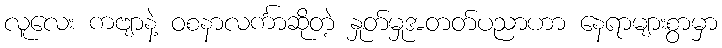
လူလေး ကဗျာနဲ့ ဝစနာလင်္ကာဆိုတဲ့ နှုတ်မှုအတတ်ပညာဟာ နေရာများစွာမှာ